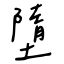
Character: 墮